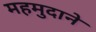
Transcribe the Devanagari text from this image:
महमुदाने